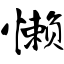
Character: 懒